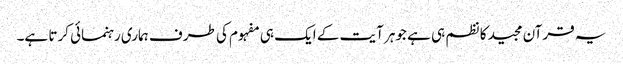
یہ قرآن مجید کا نظم ہی ہے جوہر آیت کے ایک ہی مفہوم کی طرف ہماری رہنمائی کرتا ہے۔